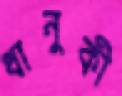
ধানুকী